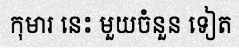
កុមារ នេះ មួយចំនួន ទៀត